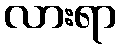
လားရာ